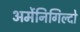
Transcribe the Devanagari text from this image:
अर्मेनिगिल्दो